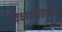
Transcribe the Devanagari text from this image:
विध्यापीठातील